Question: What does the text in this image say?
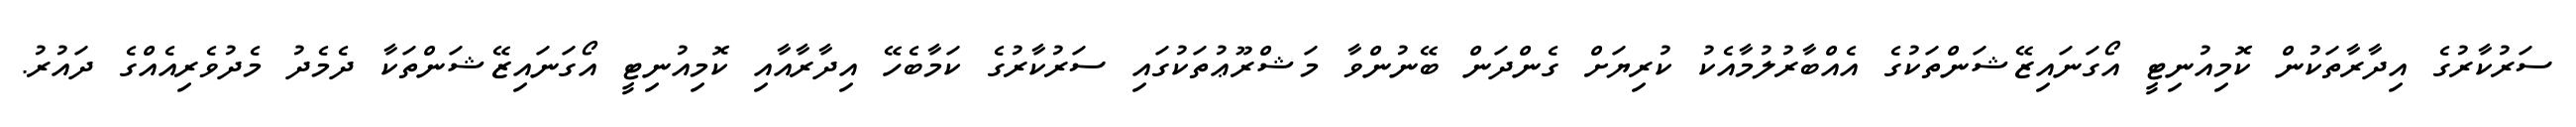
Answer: ސަރުކާރުގެ އިދާރާތަކުން ކޮމިއުނިޓީ އޯގަނައިޒޭޝަންތަކުގެ އެއްބާރުލުމާއެކު ކުރިޔަށް ގެންދަން ބޭނުންވާ މަޝްރޫޢުތަކުގައި ސަރުކާރުގެ ކަމާބެހޭ އިދާރާއާއި ކޮމިއުނިޓީ އޯގަނައިޒޭޝަންތަކާ ދެމެދު މެދުވެރިއެއްގެ ދައުރު.